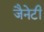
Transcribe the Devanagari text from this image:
जैनेटी